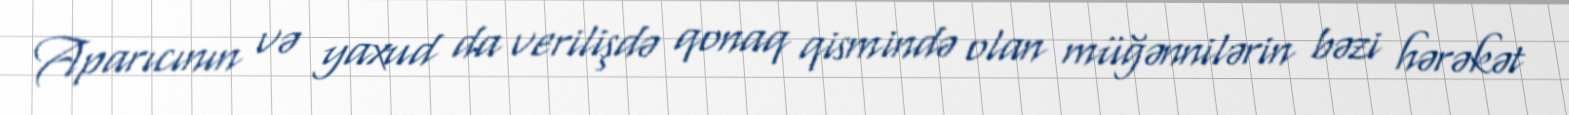
Aparıcının və yaxud da verilişdə qonaq qismində olan müğənnilərin bəzi hərəkət